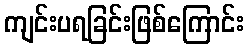
ကျင်းပရခြင်းဖြစ်ကြောင်း